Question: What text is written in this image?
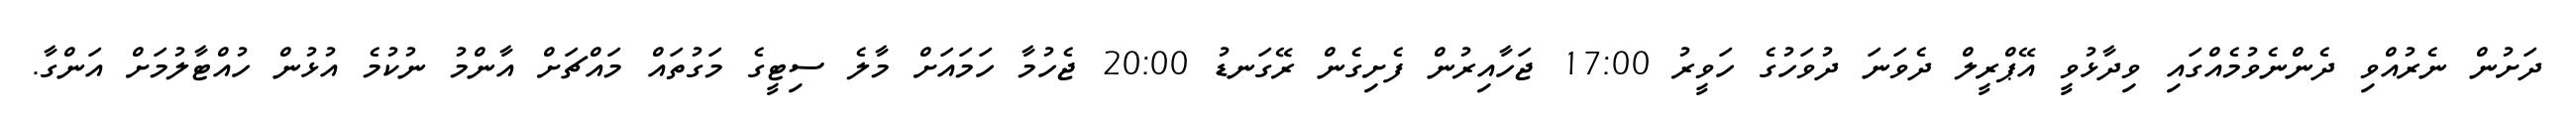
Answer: ދަށުން ނެރުއްވި ދެންނެވުމެއްގައި ވިދާޅުވީ އޭޕްރީލް ދެވަނަ ދުވަހުގެ ހަވީރު 17:00 ޖަހާއިރުން ފެށިގެން ރޭގަނޑު 20:00 ޖެހުމާ ހަމައަށް މާލެ ސިޓީގެ މަގުތައް މައްޗަށް އާންމު ނުކުމެ އުޅުން ހުއްޓާލުމަށް އަންގާ.